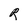
Character: R